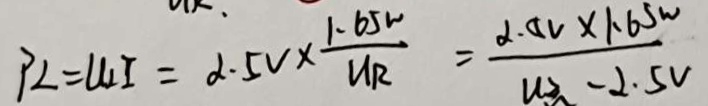
P 2 = U _ { 2 } I = 2 . 5 v \times \frac { 1 . 6 5 w } { U R } = \frac { 2 . 5 V \times 1 . 6 5 W } { u _ { 2 } - 2 . 5 V }